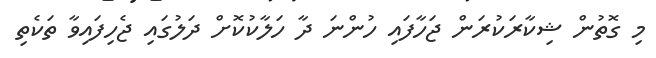
މި ގޮތުން ޝިކާރަކުރަން ޖަހާފައި ހުންނަ ދާ ހަލާކުކޮށް ދަލުގައި ޖެހިފައިވާ ތަކެތި